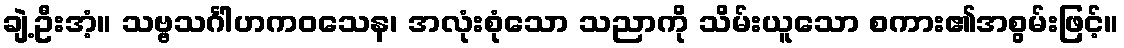
ချဲ့ဦးအံ့။ သဗ္ဗသင်္ဂါဟကဝသေန၊ အလုံးစုံသော သညာကို သိမ်းယူသော စကား၏အစွမ်းဖြင့်။